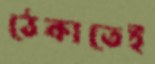
ঠেকাতেই